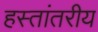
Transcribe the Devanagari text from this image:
हस्‍तांतरीय